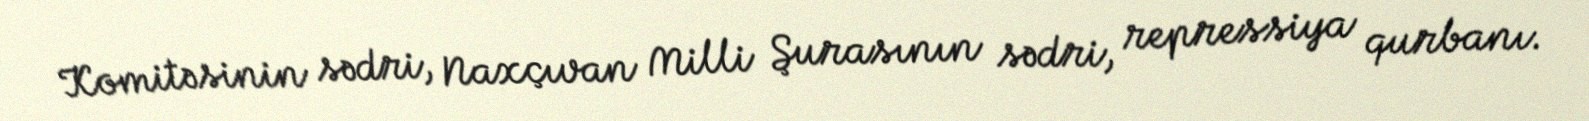
Komitəsinin sədri, Naxçıvan Milli Şurasının sədri, repressiya qurbanı.